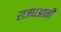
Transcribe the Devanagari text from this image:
राजधआनी